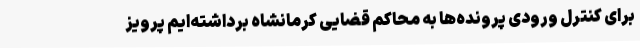
برای کنترل ورودی پرونده‌ها به محاکم قضایی کرمانشاه برداشته‌ایم پرویز